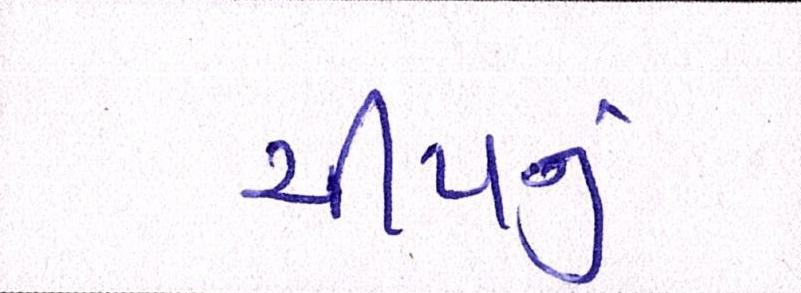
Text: ચીપનું